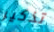
تذكير